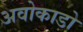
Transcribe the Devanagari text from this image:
अवोकाडो